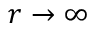
r \rightarrow \infty